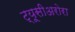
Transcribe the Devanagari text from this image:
ट्यूसीअरोरा